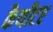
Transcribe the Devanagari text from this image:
कैथीटर